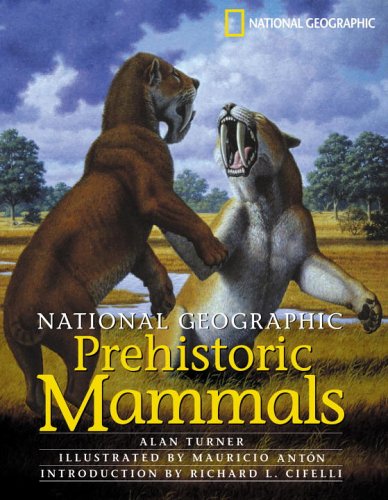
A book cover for National Geographic Prehistoric Mammals; Alan Turner; Children's Books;